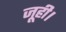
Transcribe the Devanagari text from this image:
जूही।